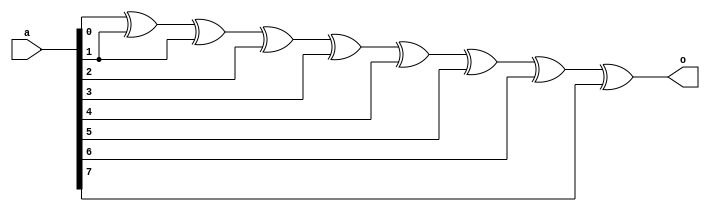
/* designing a cascaded form of xor gates to implement an equation*/
module cascaded_xor
(
input 		[7:0]a,
output		o

);

assign o = a[0] ^ a[1] ^ a[1] ^ a[2] ^ a[3] ^ a[4] ^ a[5]  ^ a[6] ^ a[7];

endmodule